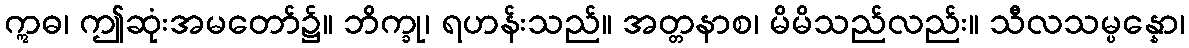
ဣဓ၊ ဤဆုံးအမတော်၌။ ဘိက္ခု၊ ရဟန်းသည်။ အတ္တနာစ၊ မိမိသည်လည်း။ သီလသမ္ပန္နော၊